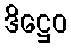
ဒိဋ္ဌေဝ